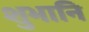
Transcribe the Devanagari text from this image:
शुभानि